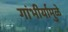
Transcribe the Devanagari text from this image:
गांभीर्यामुळे